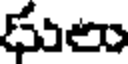
ధులు